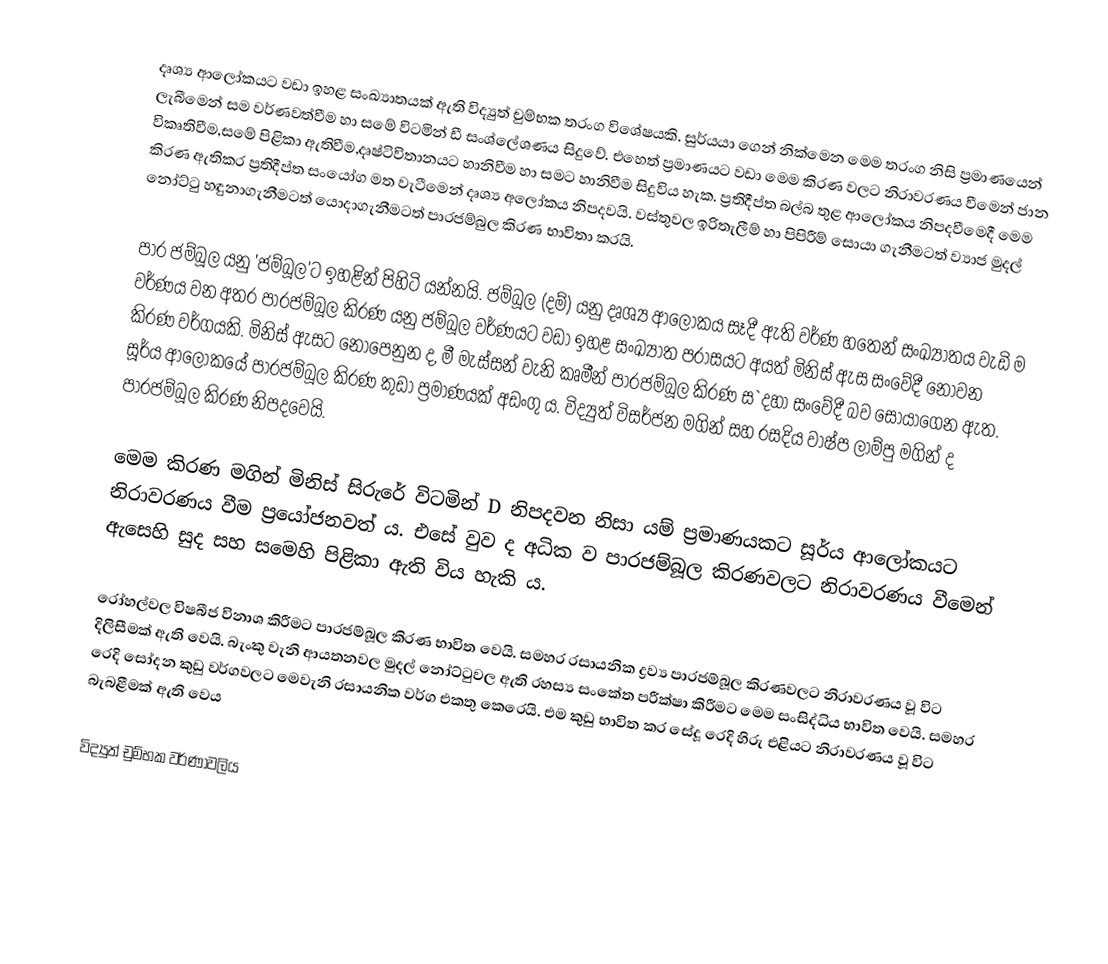
දෘශ්‍ය ආලෝකයට වඩා ඉහළ සංඛ්‍යාතයක් ඇති විද්‍යුත් චුම්භක තරංග විශේෂයකි. සුර්යයා ගෙන් නික්මෙන මෙම තරංග නිසි ප්‍රමාණයෙන් ලැබීමෙන් සම වර්ණවත්වීම හා සමේ විටමින් ඩී සංශ්ලේශණය සිදුවේ. එහෙත් ප්‍රමාණයට වඩා මෙම කිරණ වලට නිරාවරණය වීමෙන් ජාන විකෘතිවීම,සමේ පිළිකා ඇතිවීම,දෘෂ්ටිවිතානයට හානිවීම හා සමට හානිවීම සිදුවිය හැක. ප්‍රතිදීප්ත බල්බ තුළ ආලෝකය නිපදවීමෙදී මෙම කිරණ ඇතිකර ප්‍රතිදීප්ත සංයෝග මත වැටීමෙන් දෘශ්‍ය අලෝකය නිපදවයි. වස්තුවල ඉරිතැලීම් හා පිපිරීම් සොයා ගැනීමටත් ව්‍යාජ මුදල් නෝට්‍ටු හඳුනාගැනීමටත් යොදාගැනීමටත් පාරජම්බුල කිරණ භාවිතා කරයි.

පාර ජම්බූල යනු 'ජම්බූල'ට ඉහළින් පිහිටි යන්නයි. ජම්බූල (දම්) යනු දෘශ්‍ය ආලෝකය සෑදී ඇති වර්ණ හතෙන් සංඛ්‍යාතය වැඩි ම වර්ණය වන අතර පාරජම්බූල කිරණ යනු ජම්බූල වර්ණයට වඩා ඉහළ සංඛ්‍යාත පරාසයට අයත් මිනිස් ඇස සංවේදී නොවන කිරණ වර්ගයකි. මිනිස් ඇසට නොපෙනුන ද, මී මැස්සන් වැනි කෘමීන් පාරජම්බූල කිරණ ස`දහා සංවේදී බව සොයාගෙන ඇත. සූර්ය ආලෝකයේ පාරජම්බූල කිරණ කුඩා ප්‍රමාණයක් අඩංගු ය. විද්‍යුත් විසර්ජන මගින් සහ රසදිය වාෂ්ප ලාම්පු මගින් ද පාරජම්බූල කිරණ නිපදවෙයි.

මෙම කිරණ මගින් මිනිස් සිරුරේ විටමින් D නිපදවන නිසා යම් ප්‍රමාණයකට සූර්ය ආලෝකයට නිරාවරණය වීම ප්‍රයෝජනවත් ය. එසේ වුව ද අධික ව පාරජම්බූල කිරණවලට නිරාවරණය වීමෙන් ඇසෙහි සුද සහ සමෙහි පිළිකා ඇති විය හැකි ය.

රෝහල්වල විෂබීජ විනාශ කිරීමට පාරජම්බූල කිරණ භාවිත වෙයි. සමහර රසායනික ද්‍රව්‍ය පාරජම්බූල කිරණවලට නිරාවරණය වූ විට දිලිසීමක් ඇති වෙයි. බැංකු වැනි ආයතනවල මුදල් නෝට්ටුවල ඇති රහස්‍ය සංකේත පරීක්ෂා කිරීමට මෙම සංසිද්ධිය භාවිත වෙයි. සමහර රෙදි සෝදන කුඩු වර්ගවලට මෙවැනි රසායනික වර්ග එකතු කෙරෙයි. එම කුඩු භාවිත කර සේදූ රෙදි හිරු එළියට නිරාවරණය වූ විට බැබළීමක් ඇති වෙය

විද්‍යුත් චුම්භක වර්ණාවලිය